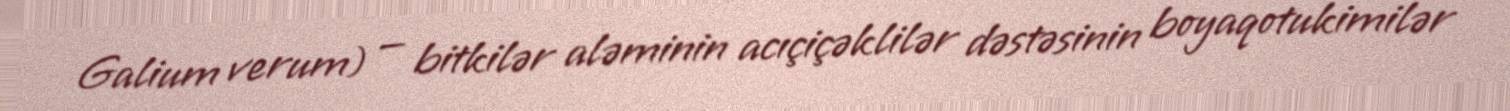
Galium verum) — bitkilər aləminin acıçiçəklilər dəstəsinin boyaqotukimilər